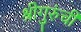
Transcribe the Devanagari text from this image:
श्रीगुरुंंची